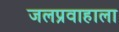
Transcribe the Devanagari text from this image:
जलप्रवाहाला